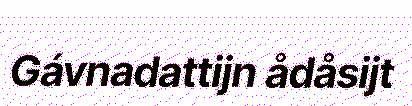
Gávnadattijn ådåsijt